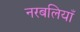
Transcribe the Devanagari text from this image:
नरबलियाँ